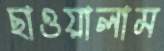
ছাওয়ালাম